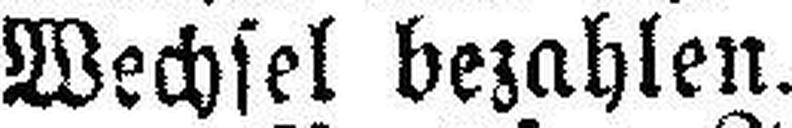
Wechsel bezahlen.